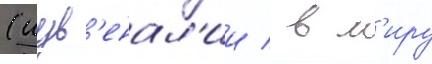
(иув'енал'ии / в м'иру